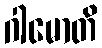
ဂါမောတိ